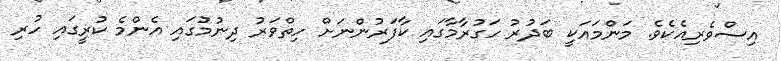
އިސްވެރިއެކެވެ. މަންމައަކީ ބަދުރު ހަގުރާމާގައި ކާފަރުންނަށް ހިތްވަރު ދިނުމުގައި އެންމެ ކުރީގައި ހުރި